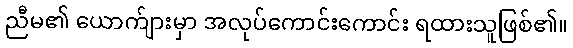
ညီမ၏ ယောက်ျားမှာ အလုပ်ကောင်းကောင်း ရထားသူဖြစ်၏။